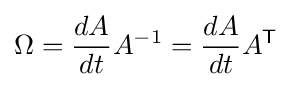
\Omega ={\frac {dA}{dt}}A^{-1}={\frac {dA}{dt}}A^{\mathsf {T}}